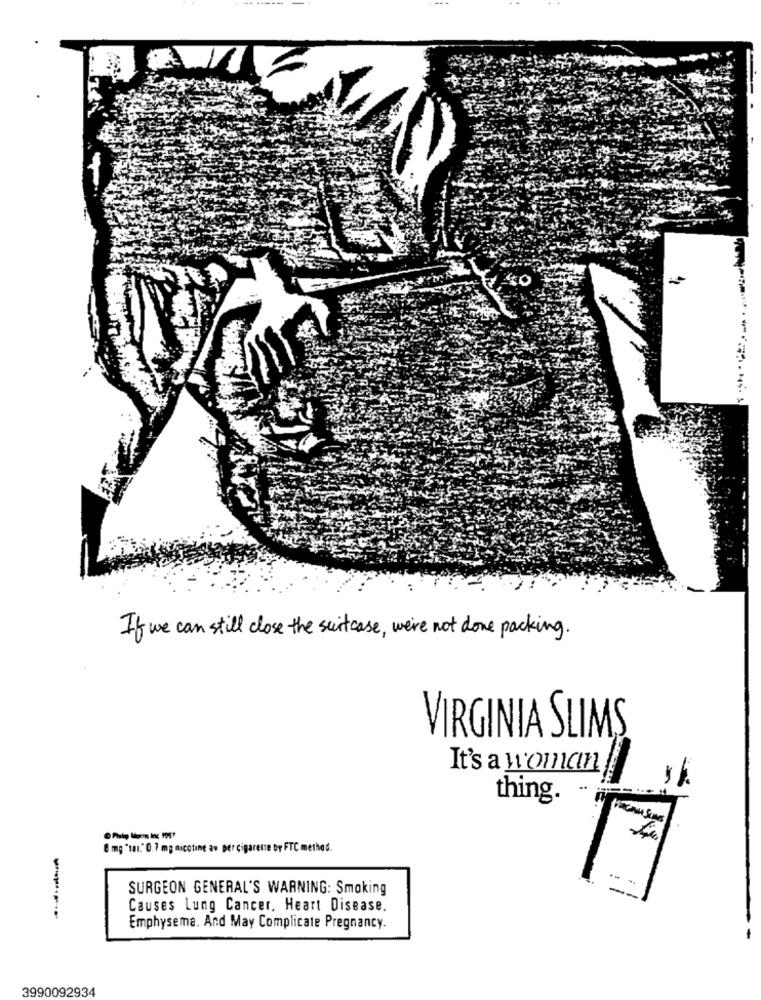
If we can still close the suitcase, we're not done packing.
VIRGINIA SLIMS
It's a woman
thing.
8 mg "ta1." 0.7 mg nicotine av per cigarette br FTC method.
SURGEON GENERAL'S WARNING: Smoking
--
Causes Lung Cancer, Heart Disease.
---
Emphysema. And May Complicate Pregnancy.
3990092934